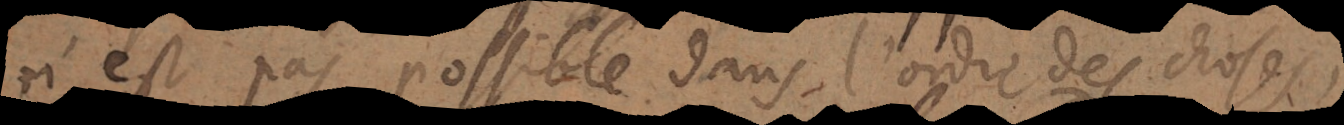
n’est pas possible dans l’ordre des choses,